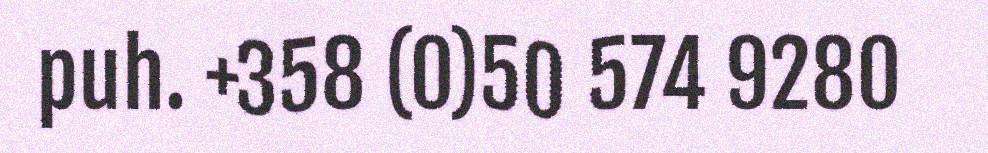
puh. +358 (0)50 574 9280